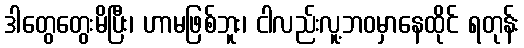
ဒါတွေတွေးမိပြီး၊ ဟာမဖြစ်ဘူး၊ ငါလည်းလူ့ဘဝမှာနေထိုင် ရတုန်း